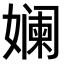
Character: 𫝮